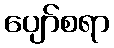
ပျော်စရာ